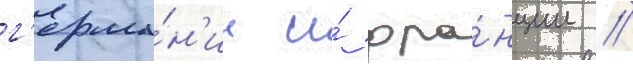
г'ерма́н'ии и́ фра́нции //